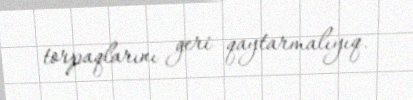
torpaqlarını geri qaytarmalıyıq.